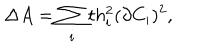
\Delta A = \sum _ { i } t h _ { i } ^ { 2 } ( \partial C _ { i } ) ^ { 2 } ,